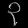
Digit: ၃